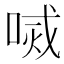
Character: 𠷧